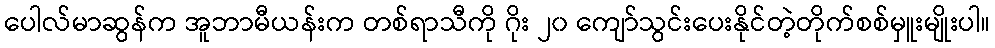
ပေါလ်မာဆွန်က အူဘာမီယန်းက တစ်ရာသီကို ဂိုး ၂၀ ကျော်သွင်းပေးနိုင်တဲ့တိုက်စစ်မှူးမျိုးပါ။